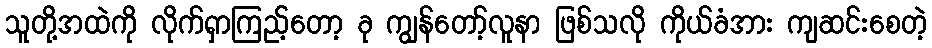
သူတို့အထဲကို လိုက်ရှာကြည့်တော့ ခု ကျွန်တော့်လူနာ ဖြစ်သလို ကိုယ်ခံအား ကျဆင်းစေတဲ့